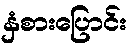
နှံစားပြောင်း